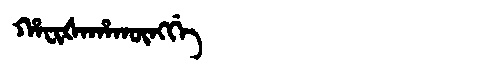
Manchu: ᡥᠠᠸᡳᡧᠠᡥᠠᡴᡡᠩᡤᡝ
Romanization: HAFIŠAHAKŪNGGE